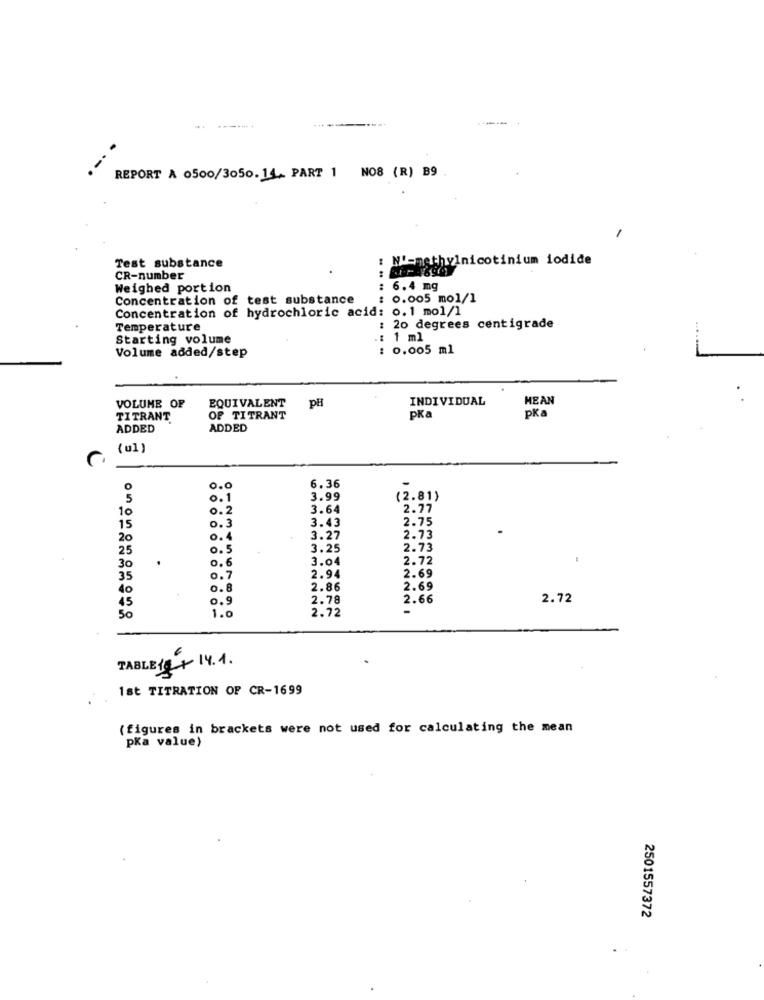
-----. +
REPORT A 0500/3050. 14. PART 1 NO8 (R) B9
: Nu=methylnicotinium iodide
Test substance
CR-number
Weighed portion
: 6.4 mg
Concentration of test substance
: 0.005 mol/l
Concentration of hydrochloric acid: 0.1 mol/l
Temperature
: 20 degrees centigrade
...
Starting volume
: 1 ml
: 0.005 ml
Volume added/step
VOLUME OF
EQUIVALENT
pH
INDIVIDUAL
MEAN
TITRANT
OF TITRANT
pKa
pKa
ADDED
ADDED
( ul )
0.0
6.36
0.1
3.99
(2.81)
0 . 2
3.64
2.77
10
2.75
15
0.3
3.43
20
0.4
3.27
2.73
25
0 .5
3.25
2.73
3.04
2.72
30
0 .6
35
0. 7
2.94
2.69
40
0.8
2.86
2.69
0.9
2.78
2.66
2.72
2.72
-
50
1.0
TABLE 1914.1.
1st TITRATION OF CR-1699
(figures in brackets were not used for calculating the mean
pKa value)
2501557372